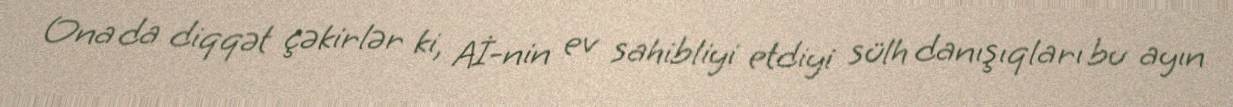
Ona da diqqət çəkirlər ki, Aİ-nin ev sahibliyi etdiyi sülh danışıqları bu ayın